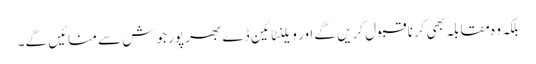
بلکہ وہ مقابلہ بھی کرنا قبول کریں گے اور ویلنٹائین ڈے بھر پور جوش سے منائیں گے۔